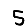
Digit: 5